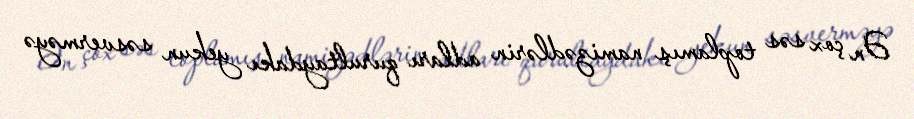
Ən çox səs toplamış namizədlərin adları qurultaydakı yekun səsverməyə